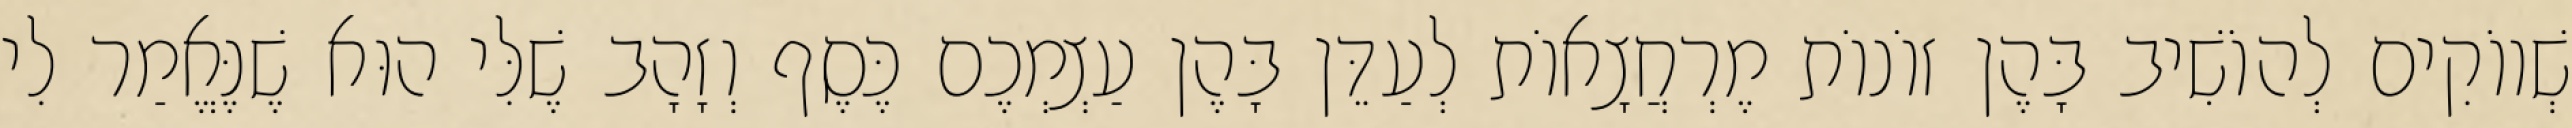
שְׁווֹקִים לְהוֹשִׁיב בָּהֶן זוֹנוֹת מֶרְחֲצָאוֹת לְעַדֵּן בָּהֶן עַצְמְכֶם כֶּסֶף וְזָהָב שֶׁלִּי הוּא שֶׁנֶּאֱמַר לִי